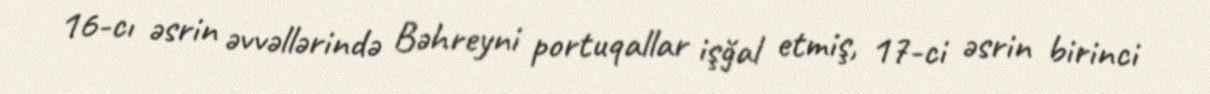
16-cı əsrin əvvəllərində Bəhreyni portuqallar işğal etmiş, 17-ci əsrin birinci